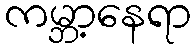
ကမ္ဘာ့နေရာ